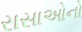
રાસાઓનો